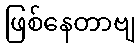
ဖြစ်နေတာဗျ